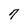
Character: 7